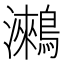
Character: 𪅍